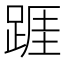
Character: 𨂉